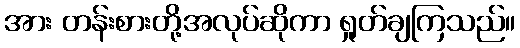
အား တန်းစားတို့အလုပ်ဆိုကာ ရှုတ်ချကြသည်။